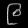
Digit: ၉